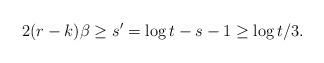
LaTeX: \begin{align*}2(r - k)\beta \ge s' = \log t - s-1\ge \log t/3.\end{align*}